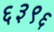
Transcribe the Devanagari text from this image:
६३९६